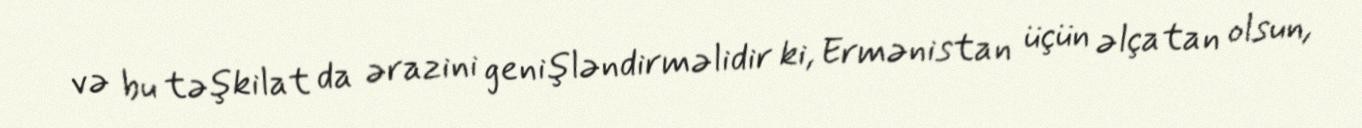
və bu təşkilat da ərazini genişləndirməlidir ki, Ermənistan üçün əlçatan olsun,